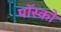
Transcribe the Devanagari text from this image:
पॉस्को